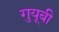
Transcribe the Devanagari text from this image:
गुयूबी